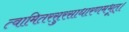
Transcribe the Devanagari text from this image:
त्वामितरसुरसाधारणमभूत्।